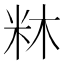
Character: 𭩼